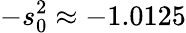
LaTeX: -s_{0}^{2}\approx-1.0125